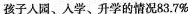
孩子入园、入学、升学的情况83.7%